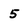
Character: 5